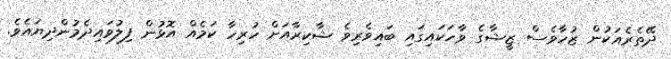
ދޭތެރެއަކުން ޒުހާވެސް ޒީޝާގެ ވާހަކައިގައި ބައިވެރިވެ ޝާކިރާއަށް ހުރިހާ ކަމެއް އޮޅުން ފިލުވައިދެމުންދިޔައެވެ.